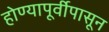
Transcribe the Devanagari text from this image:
होण्यापूर्वीपासून